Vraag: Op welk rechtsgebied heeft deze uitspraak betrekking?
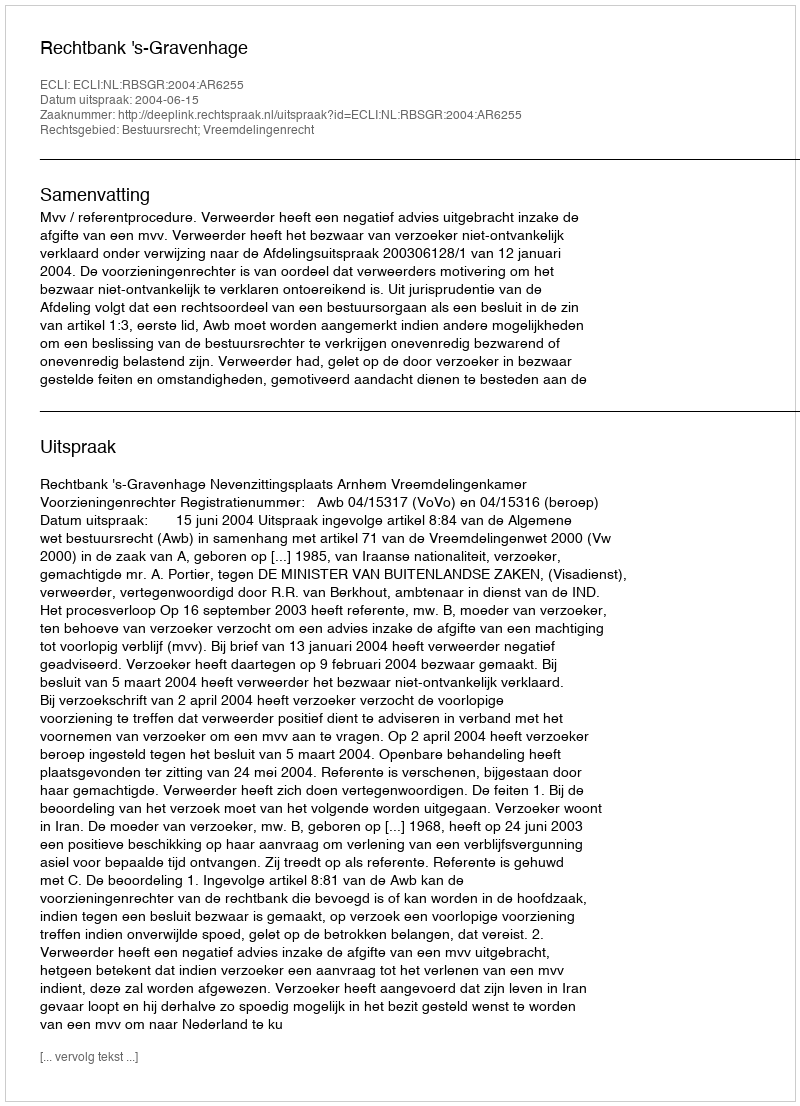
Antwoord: Bestuursrecht; Vreemdelingenrecht